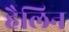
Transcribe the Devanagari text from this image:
हैलिन